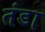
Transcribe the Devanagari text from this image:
तंडा